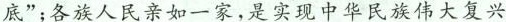
底”；各族人民亲如一家，是实现中华民族伟大复兴